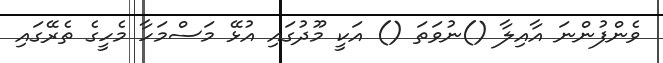
ވެންފުންނަ އާއިލާ ()ނުވަތަ () އަކީ މޫދުގައި އުޅޭ މަސްމަހާ މެހީގެ ތެރޭގައި